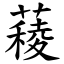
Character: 薐